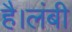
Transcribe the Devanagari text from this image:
है।लंबी